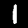
Digit: 1